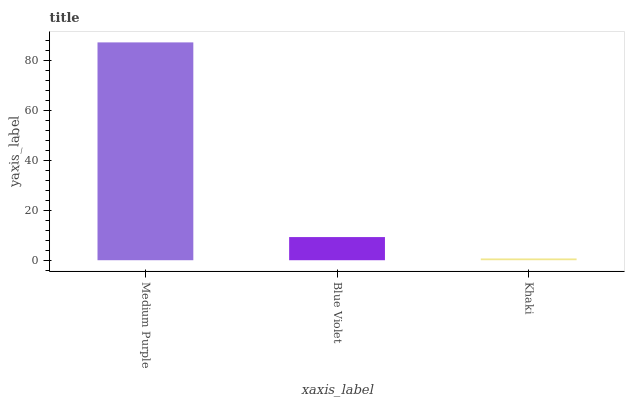
| xaxis_label | bars |
 | --- | --- |
 | Medium Purple | 87.2 |
 | Blue Violet | 9.27 |
 | Khaki | 0.712 |